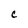
Character: C